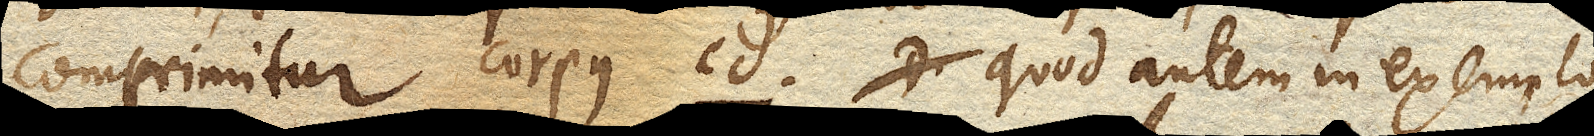
comprimitur corpus cd. Quod autem in exemplo